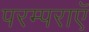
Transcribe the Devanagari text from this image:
परम्पराएॅ